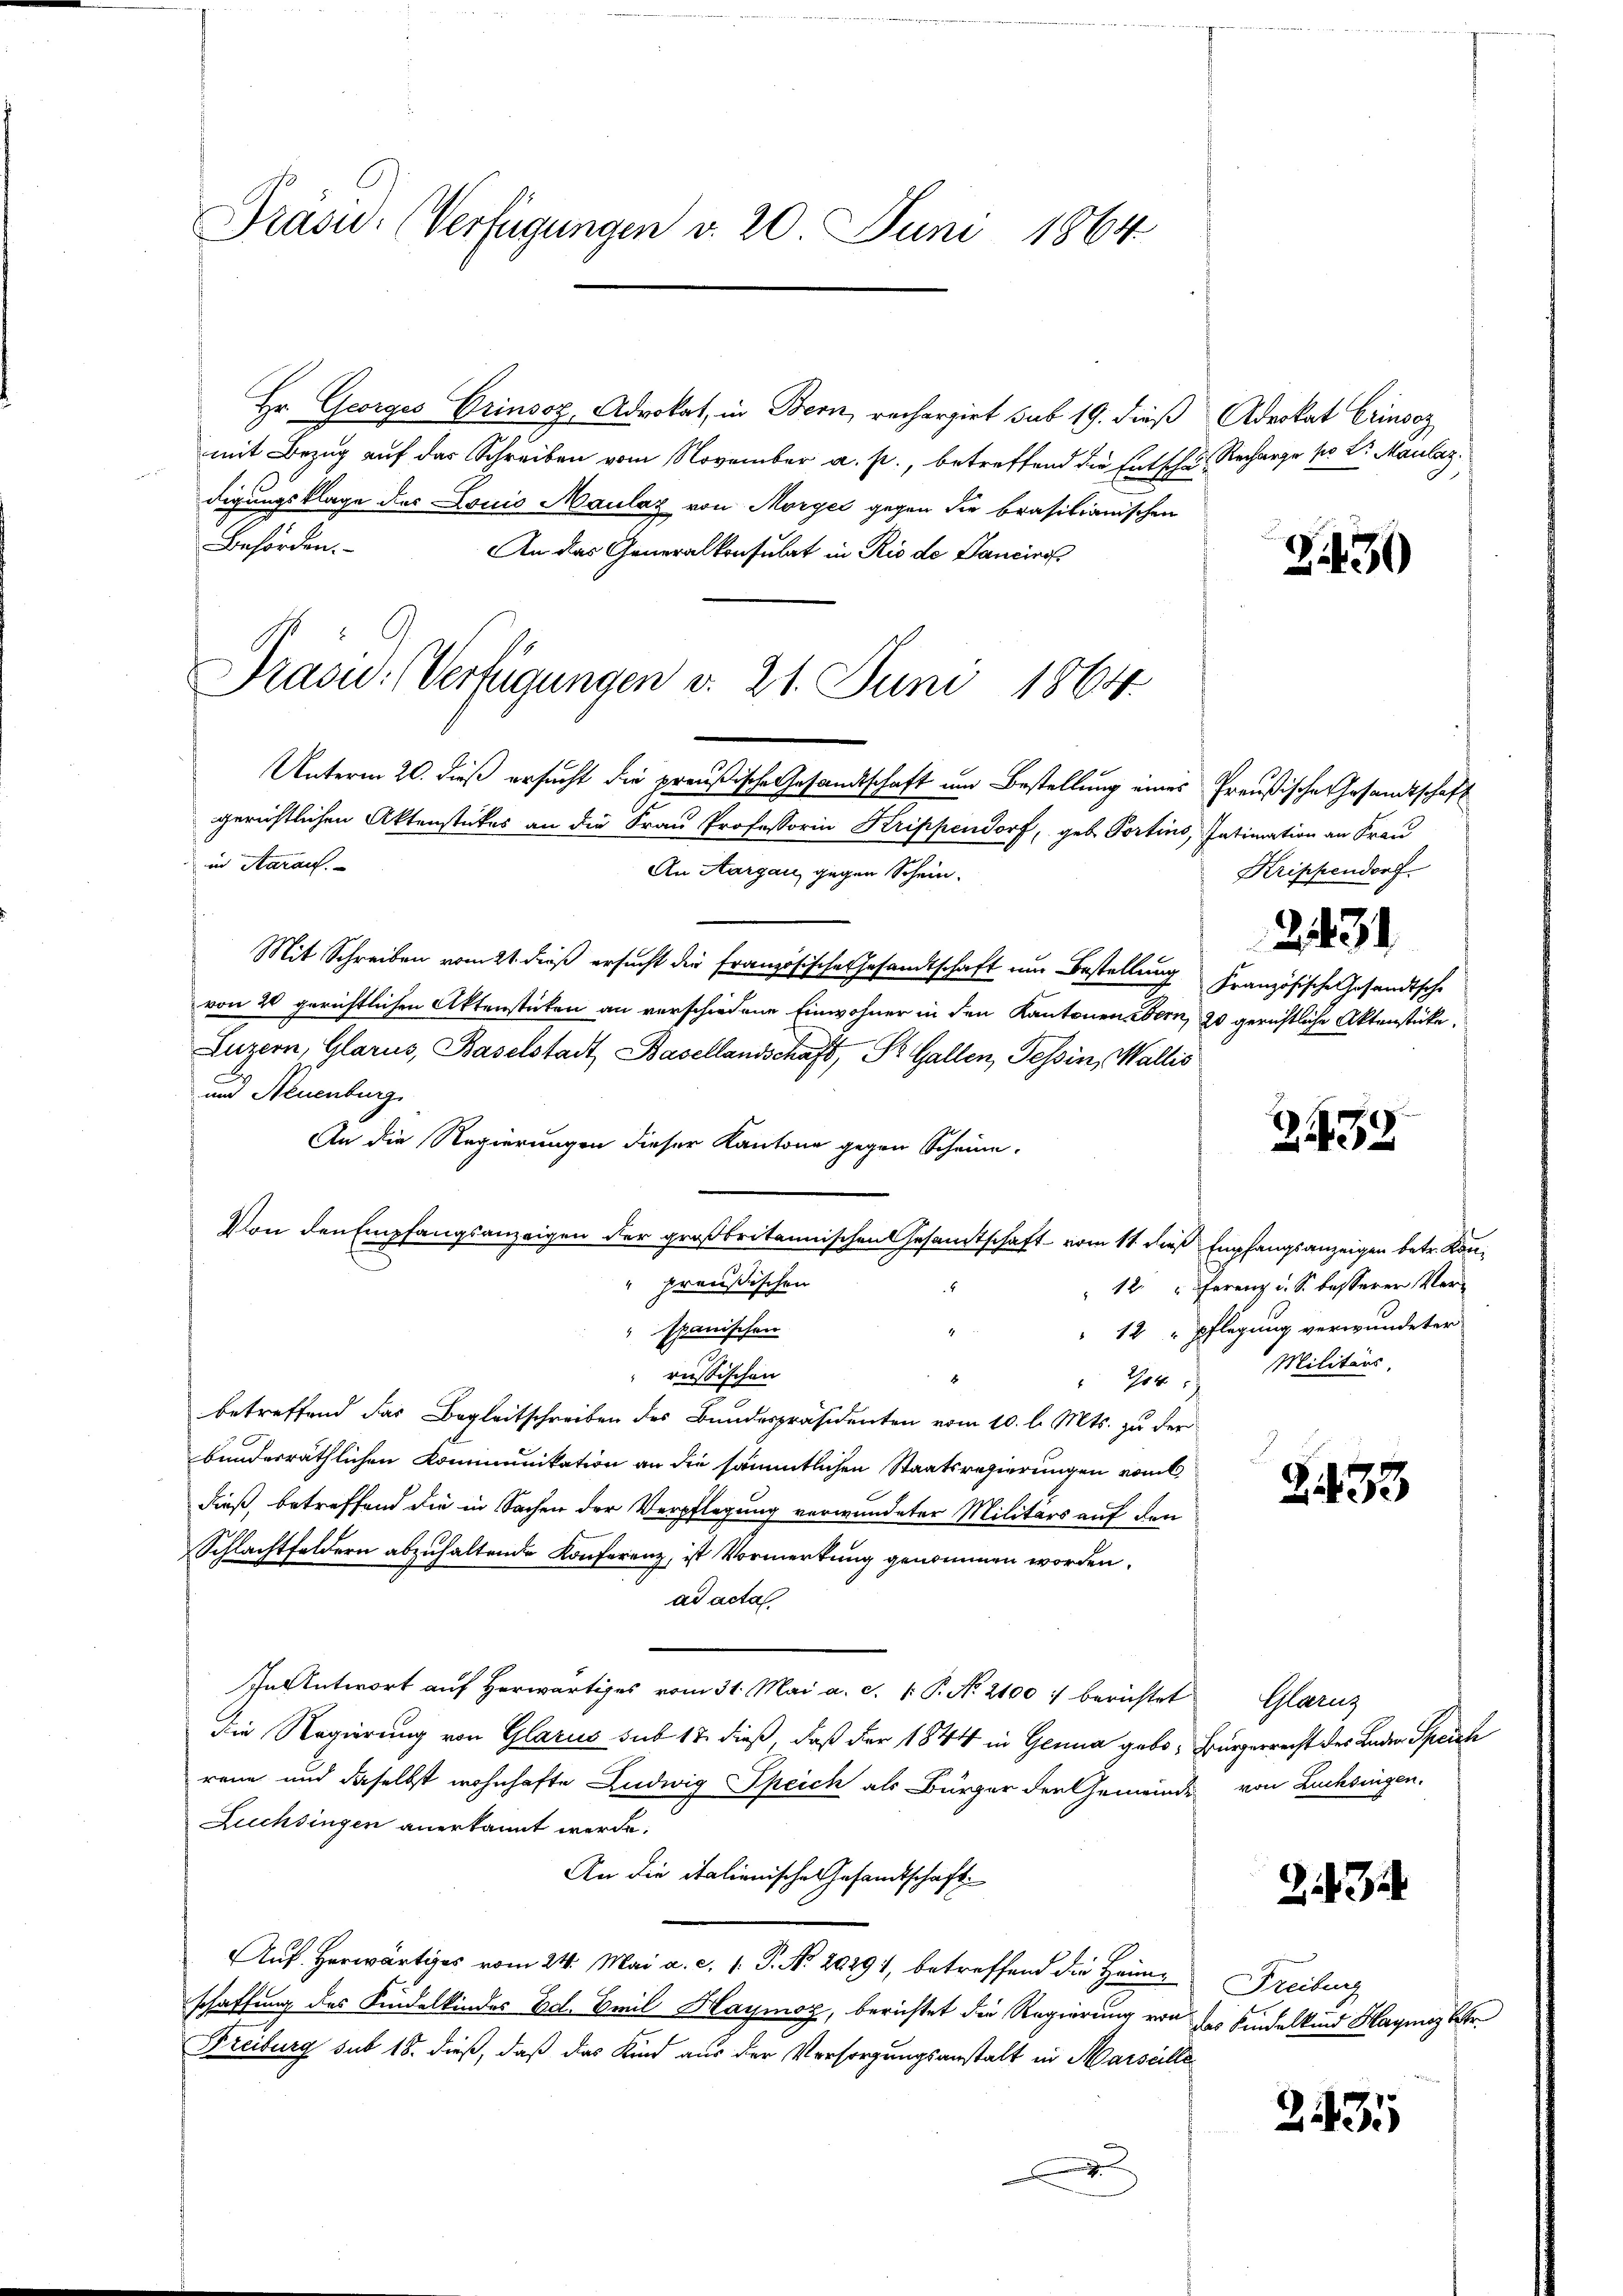
Präsid. Verfügungen v. 20 Juni 1864

Hr. Georges Orinsoz, Advokat, in Bern, rechargirt sub 19. dieß Advokat Crinsez
mit Bezug auf das Schreiben vom November a. p., betreffend die Entsche Recharge pr Dr. Maulaz
digungsklage des Louis Maulaz von Morger gegen die brasilianischen
Behörden.
An das Generalkonsulat in Rio de Sancins
Präsid.. (Verfügungen v. 21. Juni 1864
Unterm 20. dieß ersucht die preußische Gesandtschaft um Bestellung eines
gerichtlichen Aktenstückes an die Frau Professorin Krippendorf, geb. Portins, Intimation an Frau
in Aaraus.
An Aargau, gegen Schein.
Mit Schreiben vom 21. dieß ersucht die französische Gesandtschaft um Bestellung Französische Gesandtsche
von 20 gerichtlichen Aktenstücken an verschiedene Einwohner in den Kantonen Bern, 20 gerichtliche Aktenstücke,
Luzern, Glarus, Baselstadt Basellandschaft, St. Gallen, Tessin, Wallis
und Neuenburg
An die Regierungen dieser Kantone gegen Scheune.
Von den Empfangsanzeigen der großbritannischen Gesandtschaft vom 11. dies Empfangsanzeigen betr. Kon¬
" preußischen
" spanischen
russischen
 204.
betreffend das Begleitschreiben des Bundespräsidenten vom 10. l. Mts. zu der
bunderräthlichen Kommunikation an die sämmtlichen Staatsregierungen vom 6.
dieß, betreffend die in Sachen der Verpflegung verwundeter Militärs auf den
Schlachtfeldern abzuhaltende Konferenz, ist Vormerkung genommen worden.
ad acta
In Antwort auf herwärtiges vom 31. Mai a. c. 1. P. No. 2100 : berichtet
Die Regierung von Glarus sub 17 dieß, daß der 1844 in Genua geborene und daselbst wohnhafte Ludwig Speich als Bürger den Gemeinde
Luchsingen anerkannt werde.
An die italienische Gesandtschaft
.
uf Herwärtiges vom 24. Mai a. c. 1. P. Nr. 20291, betreffend die Heim
schaffung des Kindelkindes Ecl. Emil Haymor, berichtet die Regierung von des Kindelkind Hagung betr
Freiburg sub 18. dieß, daß das Kind aus der Versorgungsanstalt in Marseille
.

Z 30

Preußische Gesandtschaft
Krippendorf.
2431

2132

12. " ferenz u. S. besserer Ver-
"12 " pflegung verwundeter
Militärs,

2433

Glarus
urgerrecht des Luder Speich
von Zucksingen.

7

Freiburg

2535